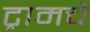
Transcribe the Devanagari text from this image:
ट्रामचे